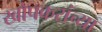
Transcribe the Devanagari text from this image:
खोपकरांच्या